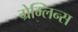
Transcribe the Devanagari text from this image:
ग्रेम्लिन्स